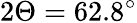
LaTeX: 2\Theta=62.8^{\circ}